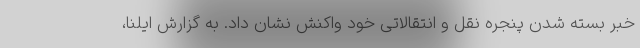
خبر بسته شدن پنجره نقل و انتقالاتی خود واکنش نشان داد. به گزارش ایلنا،